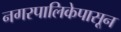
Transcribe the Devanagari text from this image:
नगरपालिकेपासून